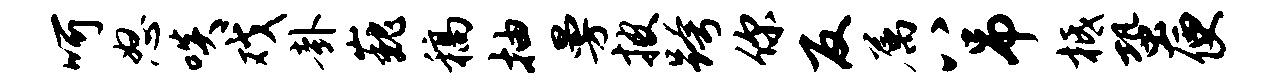
呵怒啖戏卦巍稿抽曼披跨你反属八吊柢蛩便